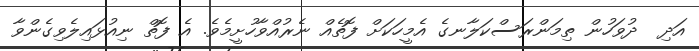
އަދި  ދުވަހުން ތިމަންރަސްކަލާނގެ އެމީހަކަށް ފޮތެއް ނެރުއްވާހުށީމެވެ. އެ ފޮތް ނިއުޅައިލެވިގެންވާ